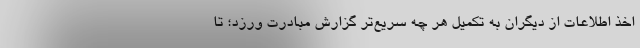
اخذ اطلاعات از دیگران به تکمیل هر چه سریع‌تر گزارش مبادرت ورزد؛ تا